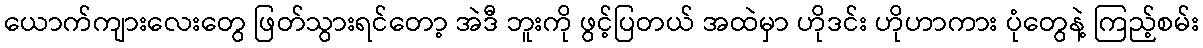
ယောက်ကျားလေးတွေ ဖြတ်သွားရင်တော့ အဲဒီ ဘူးကို ဖွင့်ပြတယ် အထဲမှာ ဟိုဒင်း ဟိုဟာကား ပုံတွေနဲ့ ကြည့်စမ်း